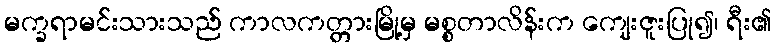
မက္ခရာမင်းသားသည် ကာလကတ္တားမြို့မှ မစ္စတာလိန်းက ကျေးဇူးပြု၍၊ ရီး၏